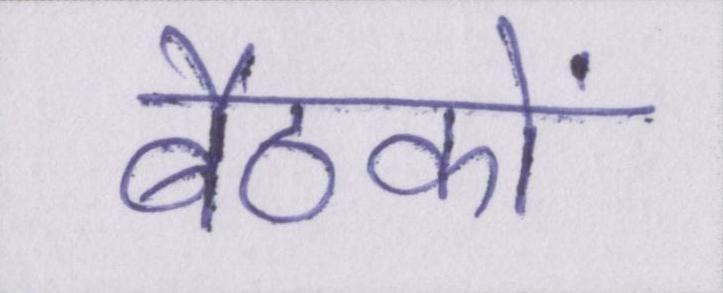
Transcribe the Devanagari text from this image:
बैठकों